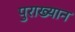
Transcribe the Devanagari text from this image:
पुराख्यान